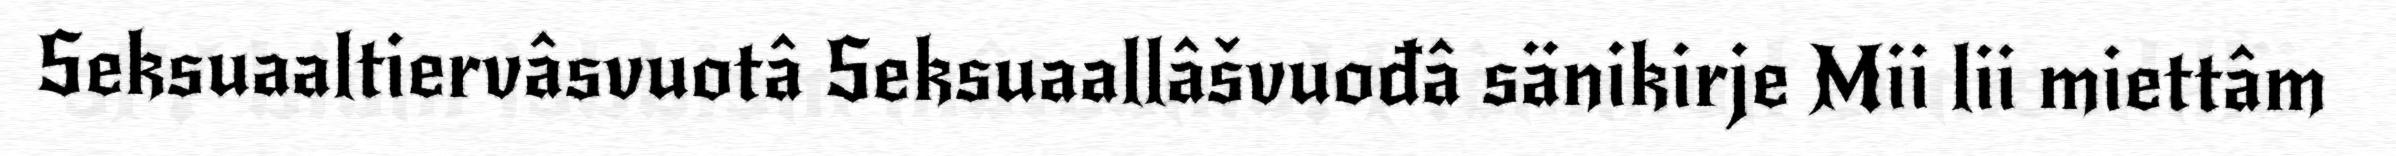
Seksuaaltiervâsvuotâ Seksuaallâšvuođâ sänikirje Mii lii miettâm